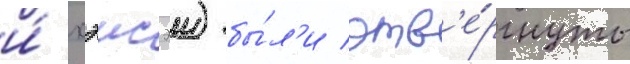
и́ хэисэи) бы́л'и отв'е́ргнуты